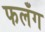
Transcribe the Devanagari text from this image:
फलँग